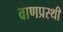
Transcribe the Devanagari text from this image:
वाणप्रस्थी